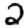
Digit: 2